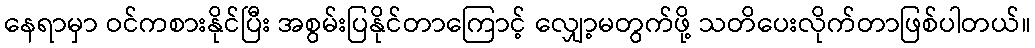
နေရာမှာ ဝင်ကစားနိုင်ပြီး အစွမ်းပြနိုင်တာကြောင့် လျှော့မတွက်ဖို့ သတိပေးလိုက်တာဖြစ်ပါတယ်။